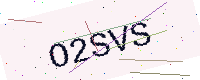
Text: O2SVS